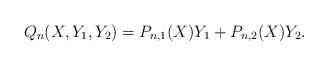
LaTeX: \begin{align*}Q_{n}(X,Y_{1},Y_{2})=P_{n,1}(X)Y_{1}+P_{n,2}(X)Y_{2}.\end{align*}